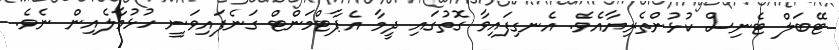
ޓޭބަލް ޓެނިސް ކުޅުންތެރިޔާއެވެ. އެނގިފައިވާ ގޮތުގައި ދީމާ އެޕާޓްމަންޓް ގަނެފައިވަނީ ހުޅުމާލެއިން ނެވެ.